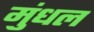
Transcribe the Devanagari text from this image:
मुंधल